Vital statistics of India. Vol. IV, Annual returns from 1871 to 1876. British Army of India, Native Army and jails of Bengal
Year: 1871
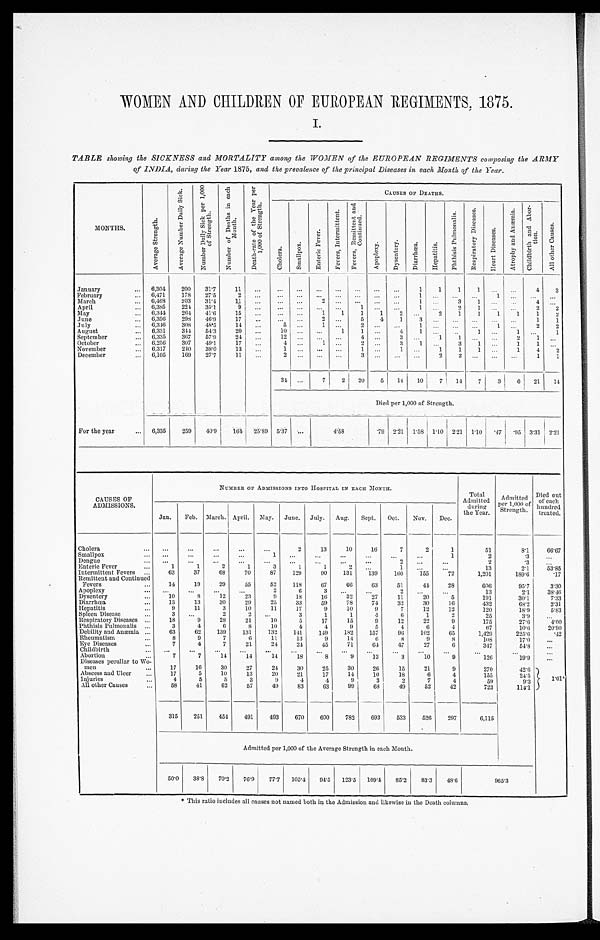
WOMEN AND CHILDREN OF EUROPEAN REGIMENTS, 1875.
I.
TABLE showing the SICKNESS and MORTALITY among the WOMEN of the EUROPEAN REGIMENTS composing the ARMY
of INDIA, during the Year 1875, and the prevalence of the principal Diseases in each Month of the Year.
MONTHS.
A v e r a g e S t r e n g t h .
A v e r a g e N u m b e r D a i l y S i c k .
N u m b e r D a i l y S i c k p e r 1 , 0 0 0 o f S t r e n g t h . N u m b e r o f D e a t h s i n e a c h M o n t h .
D e a t h - r a t e o f t h e Y e a r p e r 1 , 0 0 0 o f S t r e n g t h .
CAUSES OF DEATHS.
C h o l e r a .
S m a l l p o x .
E n t e r i c F e v e r .
F e v e r s , I n t e r m i t t e n t .
F e v e r s , R e m i t t e n t a n d C o n t i n u e d .
A p o p l e x y . D y s e n t e r y .
D i a r r h œ a .
H e p a t i t i s .
P h t h i s i s P u l m o n a l i s .
R e s p i r a t o r y D i s e a s e s .
H e a r t D i s e a s e s .
A t r o p h y a n d A n æ m i a . C h i l d b i r t h a n d A b o r - t i o n .
A l l o t h e r C a u s e s .
January
. . . 6,304 200 31.7 11 ... ... ... ... ... ... ... ...
1 1 1 1
. . .
. . . 4 3
February
... 6,471 178 27.5
2 ...
. . . ...
. . . . . .
. . . ... ...
1 ...
. . .
. . .
1 . . .
. . . . . .
March
... 6,468 203 31.4 11 ...
. . . . . .
2 ... ... ... ...
1 ...
3 1
. . . . . . 4
. . .
April
... 6,385 224 35.1
9
. . .
. . .
. . . . . . . . .
1 ... ... 1 . . . 2 1 . . .
. . .
2
2
May
. . . 6,344 264 41.6 15 ... ... ...
1 1 1 1 2
. . . 2 1 1 1 1 1
2
June
. . . 6,356 298 46.9 17 ... ...
. . . 2
. . . 5 4
1 3 ... ... ... ... ...
1 1
July
... 6,346 308 48.5 14 ...
5 ... 1 ...
2 ...
. . . 1 ... ... ...
1 . . . 2 2
August
. . . 6,331 344 54.3 20 ...
10 ... ...
1
1 ...
4 1 ...
... 1
. . . 1 ...
1
September
... 6,335 367 57.9 24 ...
1 2 ... ...
. . .
4 ...
3 ...
1 1 ...
. . .
2 1 ...
October
. . . 6,256 307 49.1
17 ...
4 ... 1
. . .
2 ...
3 1 ...
3 1
. . . 1 1
. . .
November
. . . 6,317 240 38.0 13 . . .
1 ... ...
. . .
1 ...
1 ...
1 1 1
. . . 1 4 2
December
... 6,105 169 27.7 11 ...
2 ... ...
. . .
3 ...
. . .
. . .
2 2
. . . . . .
. . . 1 1
34 ...
7 2 20 5 14 10 7 14 7 3 6 21 14
Died per 1,000 of Strength.
For the year
. . . 6,335 259 40.9 164 25.89 5.37 ...
4.58
. 79 2.21 1.58 1.10 2.21 1.10 .47 .95 3.31 2.2
1
CAUSES OF
ADMISSIONS.
NUMBER OF ADMISSIONS INTO HOSPITAL IN EACH MONTH.
Total
Admitted
dur i ng t he Year .
Admitted
per 1, 000 of St rengt h.
Died out
of each
hundred
treated.
Jan. Feb. March. April. May. June. July. Aug. Sept. Oct. Nov. Dec.
Cholera
. . .
. . . ...
...
...
...
2
13
10
16
7
2
1
51
8.1
66.67
Smallpox
... . . .
. . . ...
...
1
. . . ...
...
...
...
...
1
2
.3 ...
Dengue
... . . .
...
...
. . . ...
...
...
...
...
2
. . . ...
2
.3
. . .
Enteric Fever
. . .
1
1
2
1
3
1
1
2
. . .
1
. . . ...
13
2.1
53.85
Intermittent Fevers . . .
63
37
68
70
87 129
90 131 139 160 155
72
1,201
189.6
.17
Remittent and Continued
Fevers ...
14
19
29
55
52 118
67
6 6
63
51
44 28
606
95.7
3.30
Apoplexy
. . .
. . . ...
...
...
2
6
3
. . . ...
2
. . . ...
13
2.1
38.46
Dysentery
. . .
10
8
12
23
9
18 16 32
27
11
20
5
191
30.1
7.33
Diarrhœa
...
13
13
30
29
25
33
59
78
74
32
30
16
432
68.2
2. 31
Hepatitis
. . .
9
11
3
10
11
17
9 10
9
7
12
12
120
1 8 . 9
5.83
Spleen Disease
. . .
3 ...
2
2
. . . 3
1
1
4
6
1
2
2 5
3.9
. . .
Respiratory Diseases ...
18
9
28
21
10
5
17
15
9
12
22
9
175
27.6
4.00
Phthisis Phthisis ...
3
4
6
8
10
4
4
9
5
4
6
4
67
10.6
20.90
Debility and
Pht hi si s Pht hi si s Pul monal i s Anæmi a ...
63
62 139 131 132 141 149 182 157
96 102
65
1,429
225.6
.42
Rheumatism
...
8
9
7
6 11
13
9
14
6
8
9
8
1 0 8
17.0
. . .
Eye Diseases
. . .
7
4
7
21
24
24 45
71
64
47
27
6
347
54.8
. . .
Childbirth
... ...
...
...
...
...
...
. . . ...
...
...
...
...
. . .
. . .
. . .
Abortion
...
7
7
14
14
14 18
8
9
13
3
10
9
126
19.9
. . .
Diseases peculiar to Wo-
men
...
17
16
30
27
24 30
25
30
26
15
21
9
270
42.6
1 . 0 1 *
Abscess and Ulcer ...
17
5
10
13
20
21
17
14
10
18
6
4
155
24.5
Injuries
...
4
5
5
3
9
4
4
9
3
2
7
4
59
9.3
All other Causes ...
5 8 41
62
57
49
83
63
99
68 49
52
42
723
114.1
315 251 454 491 493 670 600 782 693 533 526 297
6,115
Admitted per 1,000 of the Average Strength in each Month.
50.0 38.8 70.2 76.9 77.7 105.4 94.5 123.5 109.4 85.2 83.3 48.6
9 6 5 . 3
* T h i s r a t i o i n c l u d e s a l l c a u s e s n o t n a m e d b o t h i n t h e A d m i s s i o n a n d l i k e w i s e i n t h e D e a t h c o l u m n s .